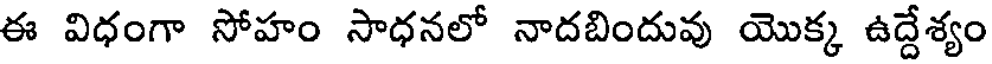
ఈ విధంగా సోహం సాధనలో నాదబిందువు యొక్క ఉద్దేశ్యం